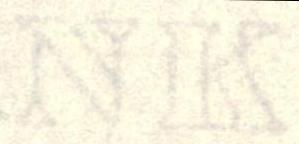
NK